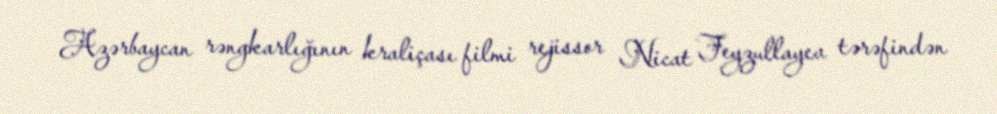
Azərbaycan rəngkarlığının kraliçası filmi rejissor Nicat Feyzullayev tərəfindən